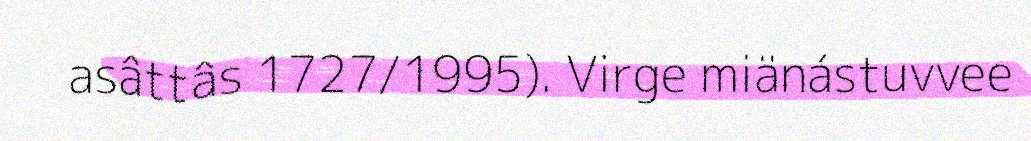
asâttâs 1727/1995). Virge miänástuvvee